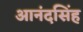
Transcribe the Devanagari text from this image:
आनंदसिंह